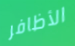
الأظافر